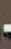
-